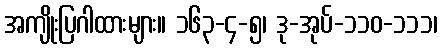
အကျိုးပြဂါထားများ။ ၁၆၃-၄-၅၊ ဒု-အုပ်-၁၁၀-၁၁၁၊